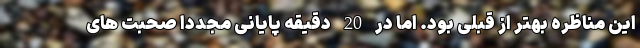
این مناظره بهتر از قبلی بود. اما در 20 دقیقه پایانی مجدداً صحبت های